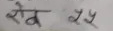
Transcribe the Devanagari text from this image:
रोक २५